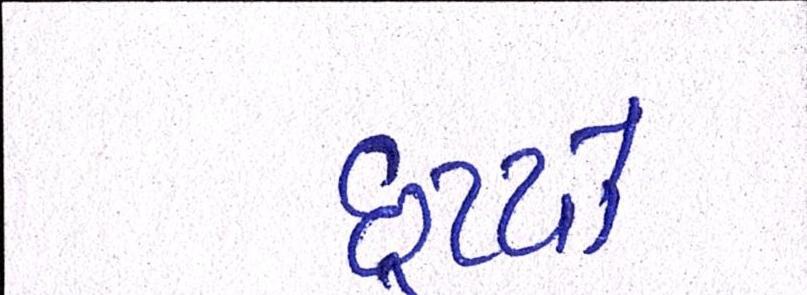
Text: છૂટયો